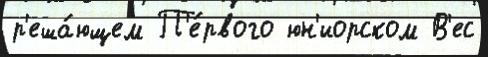
р'еша́ющем П'е́рвого юн'иорском В'ес